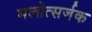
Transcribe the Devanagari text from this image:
मलोत्सर्जक